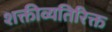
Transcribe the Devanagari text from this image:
शक्तीव्यतिरिक्त